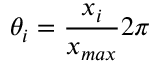
\theta _ { i } = { \frac { x _ { i } } { x _ { m a x } } } 2 \pi